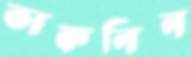
ভাকনিন